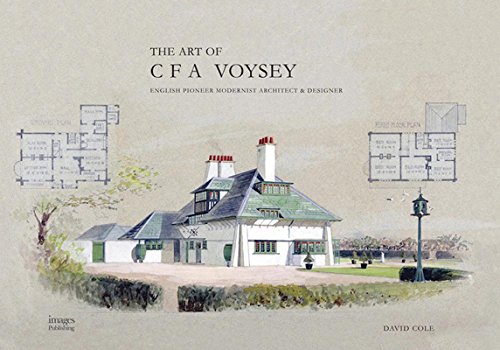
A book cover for The Art and Architecture of C.F.A. Voysey: English Pioneer Modernist Architect & Designer; David Cole; Arts & Photography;